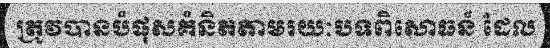
ត្រូវបានបំផុសគំនិតតាមរយៈបទពិសោធន៍ ដែល